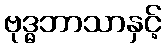
ဗုဒ္ဓဘာသာနှင့်